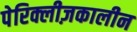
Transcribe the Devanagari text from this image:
पेरिक्लीज़कालीन